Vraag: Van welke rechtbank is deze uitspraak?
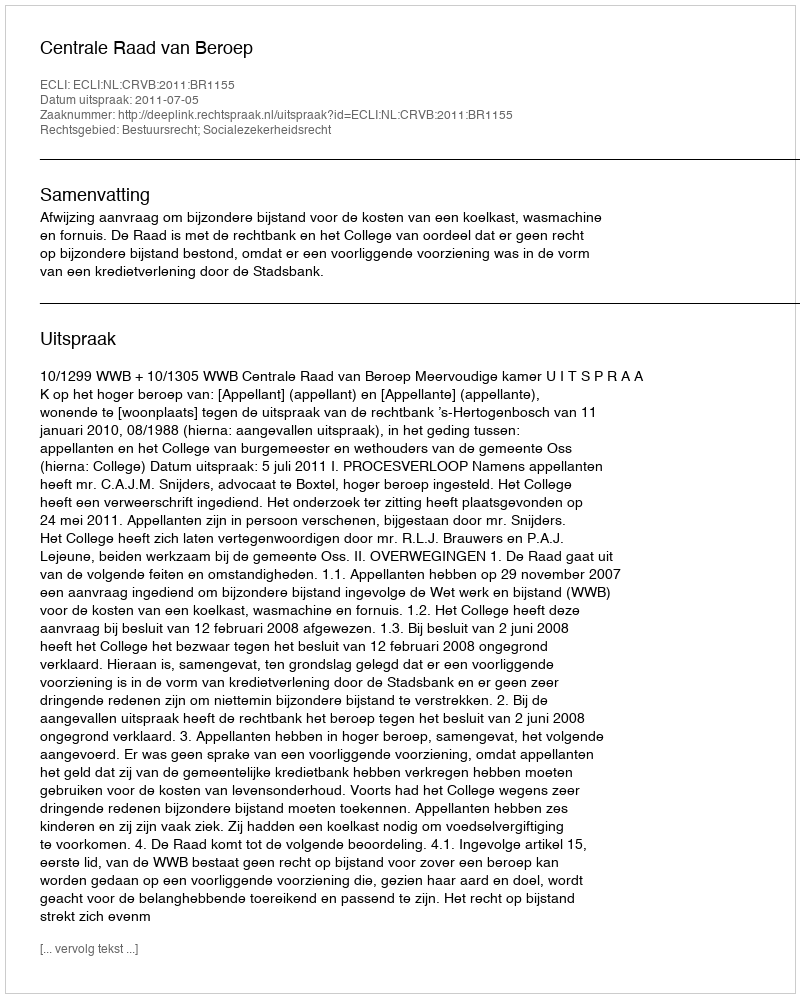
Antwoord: Centrale Raad van Beroep